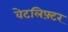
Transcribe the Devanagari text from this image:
वेटलिफ़्टर